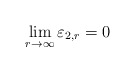
\begin{align*}\lim_{r\rightarrow \infty} \varepsilon_{2,r}=0\end{align*}